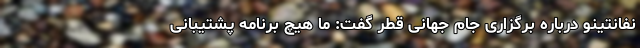
نفانتینو درباره برگزاری جام جهانی قطر گفت: ما هیچ برنامه پشتیبانی